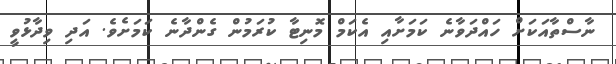
ނާސްތާއަކަށް ހައްދަވާނެ ކަމަށާއި އެކަމް މޮނިޓާ ކުރަމުން ގެންދާނެ ކަމަށެވެ. އަދި ވިދާޅުވީ